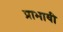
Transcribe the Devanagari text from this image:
प्राभावी